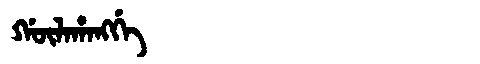
Manchu: ᡤᡡᠯᠠᡥᠠᠩᡤᡝ
Romanization: GŪLAHANGGE